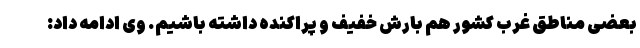
بعضی مناطق غرب کشور هم بارش خفیف و پراکنده داشته باشیم. وی ادامه داد: